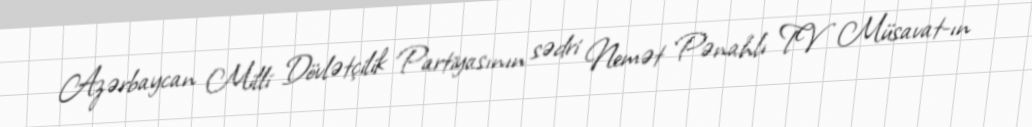
Azərbaycan Milli Dövlətçilik Partiyasının sədri Nemət Pənahlı TV Müsavat-ın